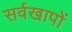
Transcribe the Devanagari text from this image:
सर्वखापों